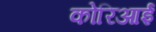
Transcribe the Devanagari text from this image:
कोरिआई